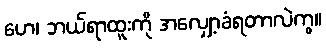
ဟေ၊ ဘယ်ရာထူးကို အလျှော့ခံရတာလဲကွ။